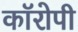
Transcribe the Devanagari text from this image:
कॉरोपी